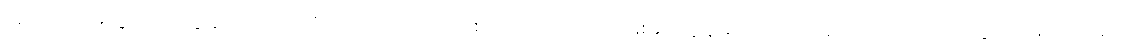
အဝေးကို မသွားဘူး ကျွန်တော်တို့ ကိုယ်တိုင်လည်းကြောက်တယ်လေ လမ်းမှာ ကျွန်တော်တို့ကို မတော်တလျောတွေလုပ်မှာကိုလည်း